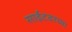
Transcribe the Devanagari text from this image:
साईटवरच्या